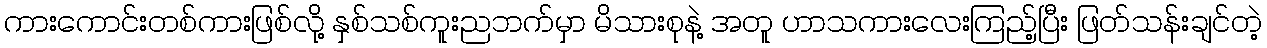
ကားကောင်းတစ်ကားဖြစ်လို့ နှစ်သစ်ကူးညဘက်မှာ မိသားစုနဲ့ အတူ ဟာသကားလေးကြည့်ပြီး ဖြတ်သန်းချင်တဲ့